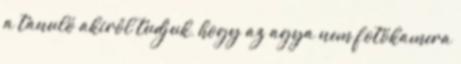
a tanuló akiről tudjuk, hogy az agya nem fotókamera